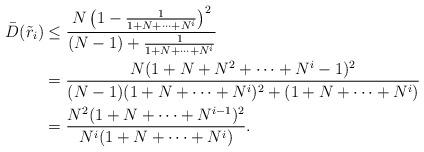
LaTeX: \begin{align*}\bar{D}(\tilde{r}_i)&\leq \frac{N\left(1-\frac{1}{1+N+\cdots+N^i}\right)^2}{(N-1)+\frac{1}{1+N+\cdots+N^i}} \\ &=\frac{N(1+N+N^2+\cdots+N^i-1)^2}{(N-1)(1+N+\cdots+N^i)^2+(1+N+\cdots+N^i)}\\ &=\frac{N^2(1+N+\cdots+N^{i-1})^2}{N^{i}(1+N+\cdots+N^i)}. \end{align*}